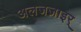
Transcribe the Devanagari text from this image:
अलजज़ाइर्